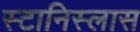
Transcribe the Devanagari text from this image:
स्टानिस्लास